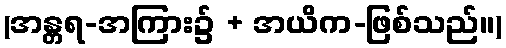
(အန္တရ-အကြား၌ + အယိက-ဖြစ်သည်။)